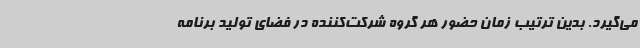
می‌گیرد. بدین ترتیب زمان حضور هر گروه شرکت‌کننده در فضای تولید برنامه